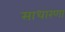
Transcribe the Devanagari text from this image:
साधारणा